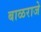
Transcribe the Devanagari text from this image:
बाळराजे